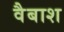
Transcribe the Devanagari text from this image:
वैबाश